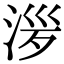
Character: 㳨